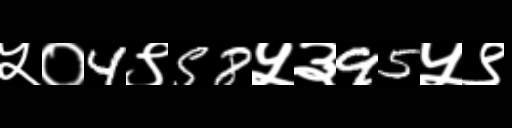
Text: ५०4९58५३95५९